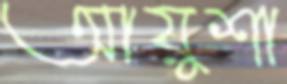
আয়ুশা